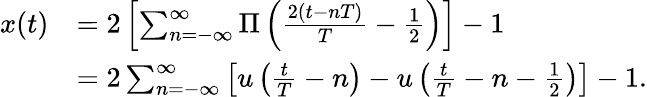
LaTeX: {\begin{array}{rl}{x(t)}&{=2\left[\sum_{n=-\infty}^{\infty}\Pi\left({\frac{2(t-nT)}{T}}-{\frac{1}{2}}\right)\right]-1}\\ &{=2\sum_{n=-\infty}^{\infty}\left[u\left({\frac{t}{T}}-n\right)-u\left({\frac{t}{T}}-n-{\frac{1}{2}}\right)\right]-1.}\end{array}}